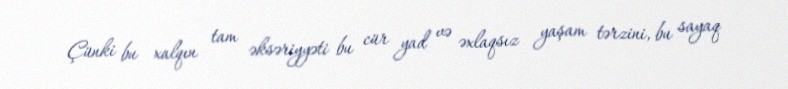
Çünki bu xalqın tam əksəriyyəti bu cür yad və əxlaqsız yaşam tərzini, bu sayaq